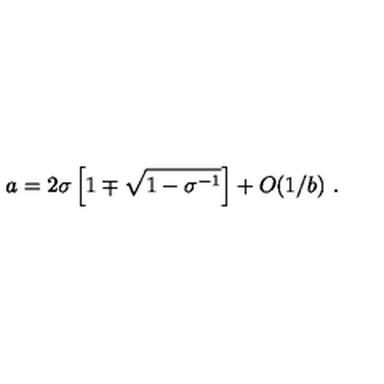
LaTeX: { { a } } = 2 \sigma \left[ 1 \mp \sqrt { 1 - \sigma ^ { - 1 } } \right] + O ( 1 / { { b } } ) \ .